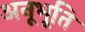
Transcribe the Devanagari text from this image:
अनूभूति